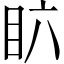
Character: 𱲪